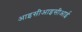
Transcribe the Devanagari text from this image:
आइसीआइसीआई